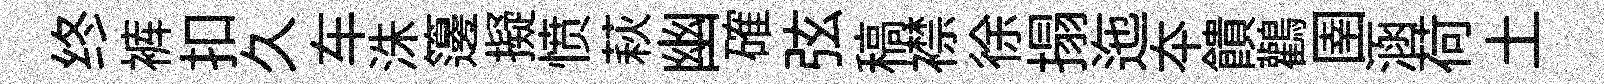
终裤扣久车洙籩擬愤萩幽確弦稿襟徐搨迤夲饋鸛圉涵荷土